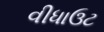
વીધાઉટ